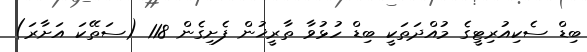
ބިޑް ސެކިއުރިޓީގެ މުއްދަތަކީ ބިޑް ހުޅުވާ ތާރީޚުން ފެށިގެން 118 (ސަތޭކަ އަށާރަ)